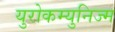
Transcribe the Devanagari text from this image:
युरोकम्युनिज्म